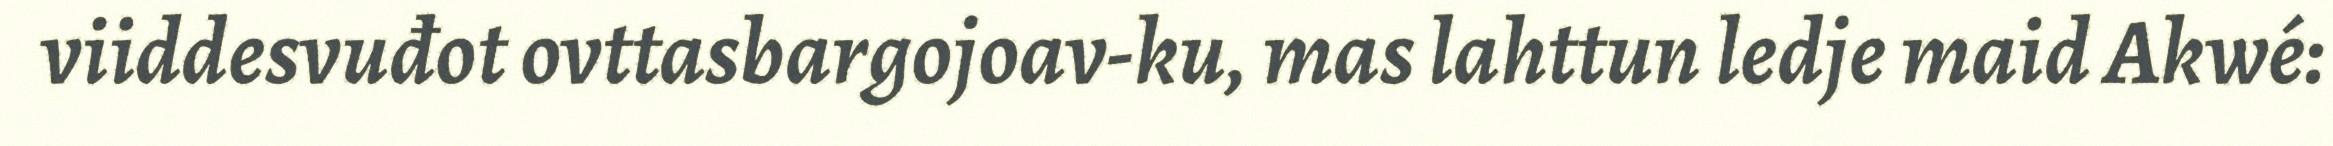
viiddesvuđot ovttasbargojoav-ku, mas lahttun ledje maid Akwé: